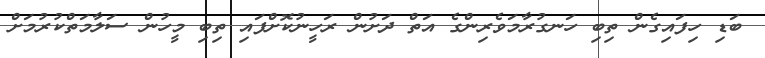
ބަޑި ހިފައިގެން ތިބި ހަނގުރާމަވެރިންގެ އަތް ދަށުން ރަހީނުކޮށްފައި ތިބި މީހުން ސަލާމަތްކުރުމަށް